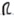
Text: R